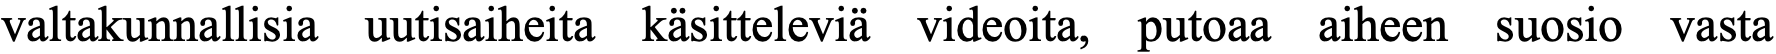
valtakunnallisia uutisaiheita käsitteleviä videoita, putoaa aiheen suosio vasta